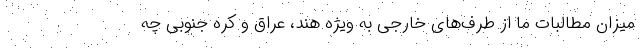
میزان مطالبات ما از طرف‌های خارجی به ویژه هند، عراق و کره جنوبی چه